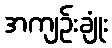
အကျဉ်းချုံး